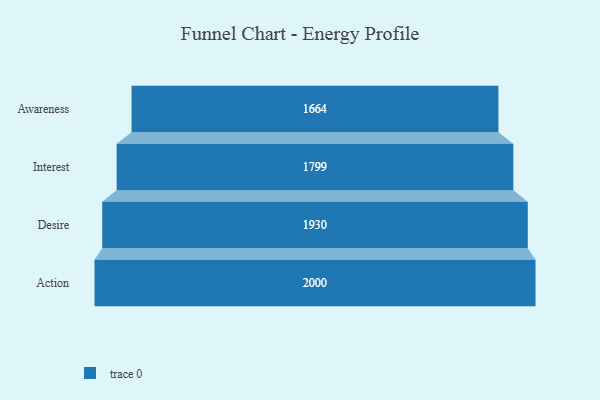
{"axis": {"x": "Stage", "y": "Value"}, "legend": [""], "data": [{"x": "Awareness", "y": 1664.0, "type": ""}, {"x": "Interest", "y": 1799.0, "type": ""}, {"x": "Desire", "y": 1930.0, "type": ""}, {"x": "Action", "y": 2000, "type": ""}]}